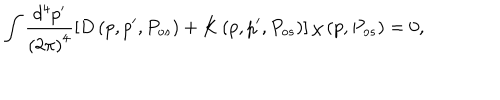
LaTeX: \int \frac { d ^ { 4 } p ^ { \prime } } { \left( 2 \pi \right) ^ { 4 } } \left[ { D } \left( p , p ^ { \prime } , P _ { o s } \right) + { K } \left( p , p ^ { \prime } , P _ { o s } \right) \right] { \chi } \left( p , P _ { o s } \right) = 0 ,